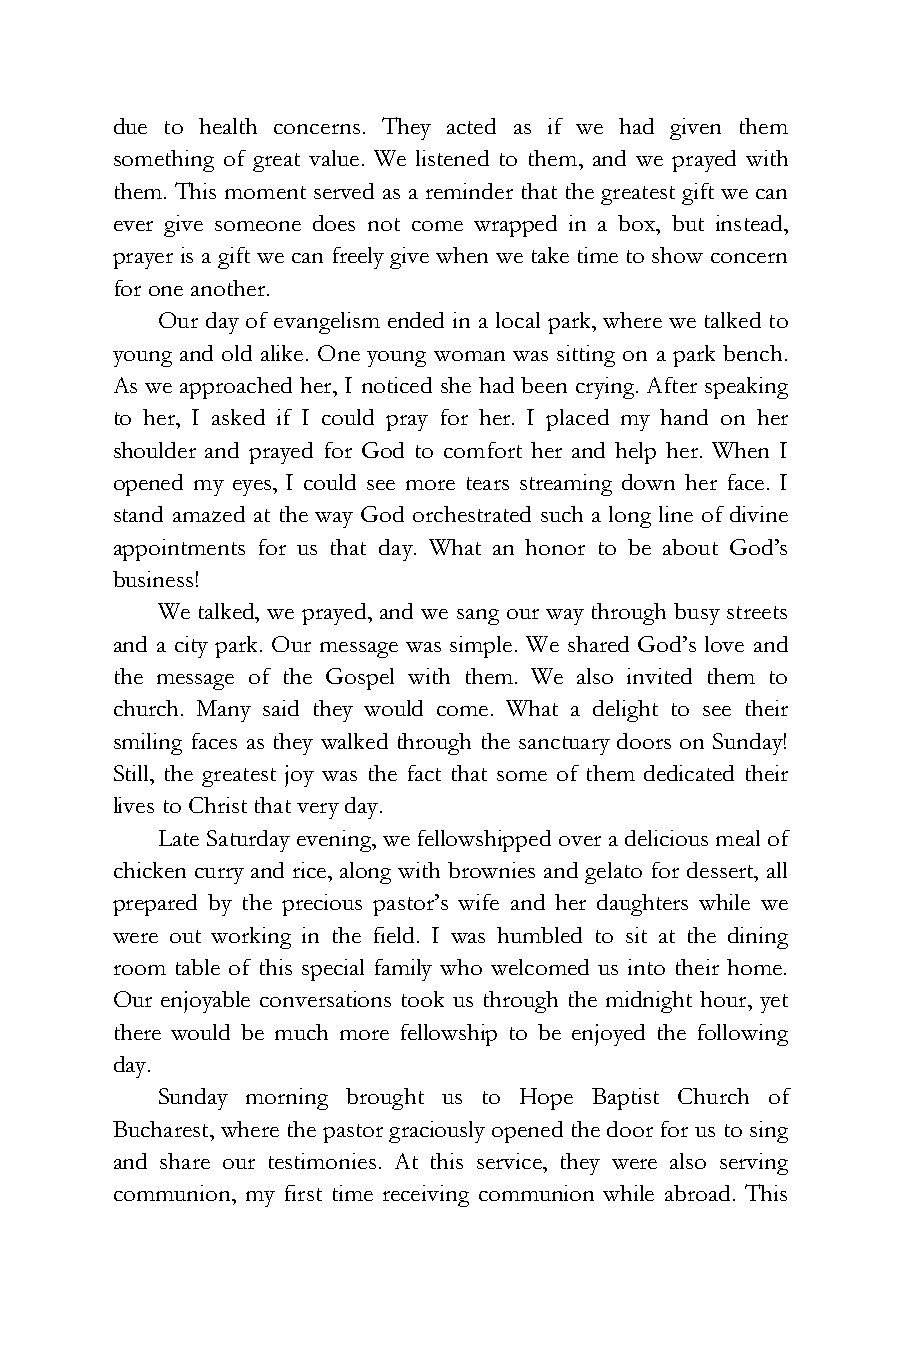
due to health concerns. They acted as if we had given them
 something of great value. We listened to them, and we prayed with
 them. This moment served as a reminder that the greatest gift we can
 ever give someone does not come wrapped in a box, but instead,
 prayer is a gift we can freely give when we take time to show concern
 for one another.
 Our day of evangelism ended in a local park, where we talked to
 young and old alike. One young woman was sitting on a park bench.
 As we approached her, I noticed she had been crying. After speaking
 to her, I asked if I could pray for her. I placed my hand on her
 shoulder and prayed for God to comfort her and help her. When I
 opened my eyes, I could see more tears streaming down her face. I
 stand amazed at the way God orchestrated such a long line of divine
 appointments for us that day. What an honor to be about God’s
 business!
 We talked, we prayed, and we sang our way through busy streets
 and a city park. Our message was simple. We shared God’s love and
 the message of the Gospel with them. We also invited them to
 church. Many said they would come. What a delight to see their
 smiling faces as they walked through the sanctuary doors on Sunday!
 Still, the greatest joy was the fact that some of them dedicated their
 lives to Christ that very day.
 Late Saturday evening, we fellowshipped over a delicious meal of
 chicken curry and rice, along with brownies and gelato for dessert, all
 prepared by the precious pastor’s wife and her daughters while we
 were out working in the field. I was humbled to sit at the dining
 room table of this special family who welcomed us into their home.
 Our enjoyable conversations took us through the midnight hour, yet
 there would be much more fellowship to be enjoyed the following
 day.
 Sunday morning brought us to Hope Baptist Church of
 Bucharest, where the pastor graciously opened the door for us to sing
 and share our testimonies. At this service, they were also serving
 communion, my first time receiving communion while abroad. This